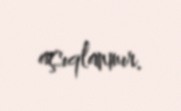
açıqlanmır.